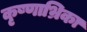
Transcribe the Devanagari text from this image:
कृष्णाभ्रिका